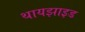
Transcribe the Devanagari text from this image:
थायझाइड